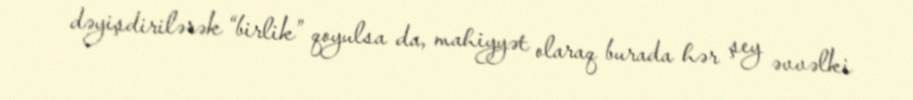
dəyişdirilərək “birlik” qoyulsa da, mahiyyət olaraq burada hər şey əvvəlki